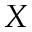
X